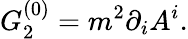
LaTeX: G_{2}^{(0)}=m^{2}\partial_{i}A^{i}.